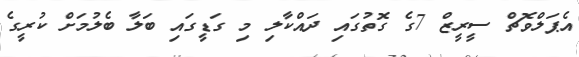
އެޕަލްވޮޗް ސީރީޒް 7ގެ ގޮތުގައި ދައްކާލި މި ގަޑީގައި ބަލާ ބެލުމަށް ކުރީގެ